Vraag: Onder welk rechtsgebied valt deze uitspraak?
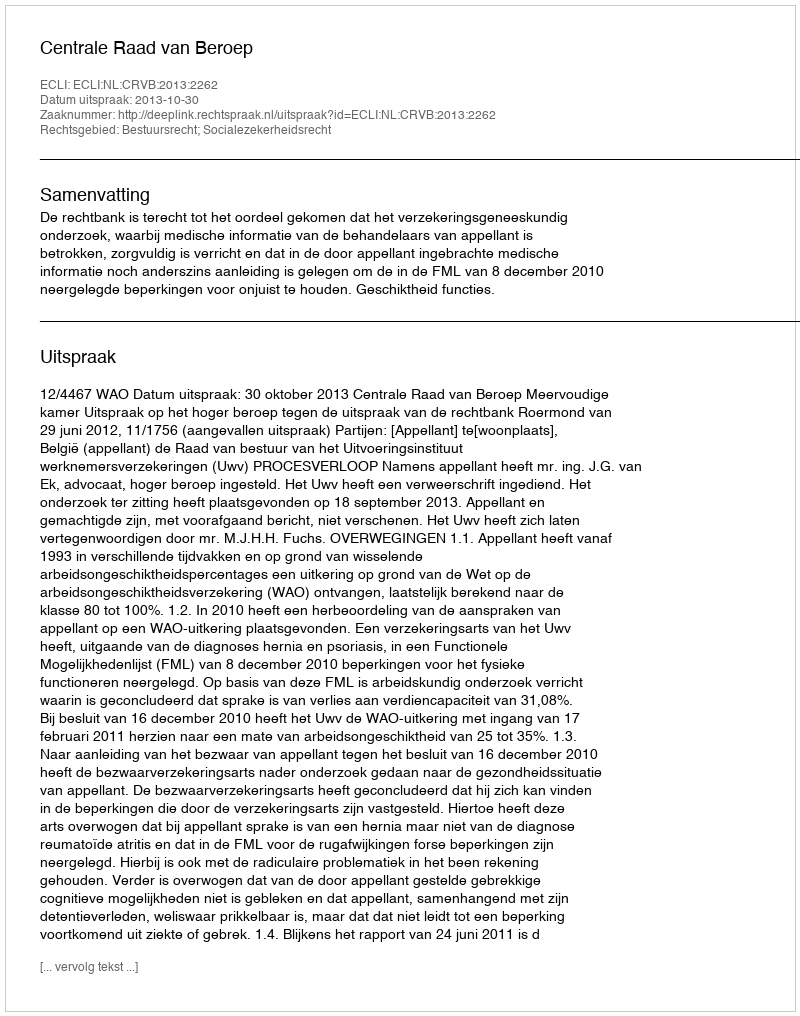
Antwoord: Bestuursrecht; Socialezekerheidsrecht